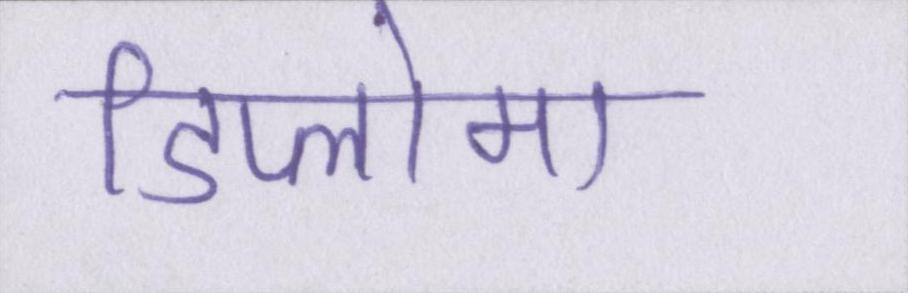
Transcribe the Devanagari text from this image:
डिप्लोमा